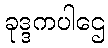
ခုဒ္ဒကပါဌေ